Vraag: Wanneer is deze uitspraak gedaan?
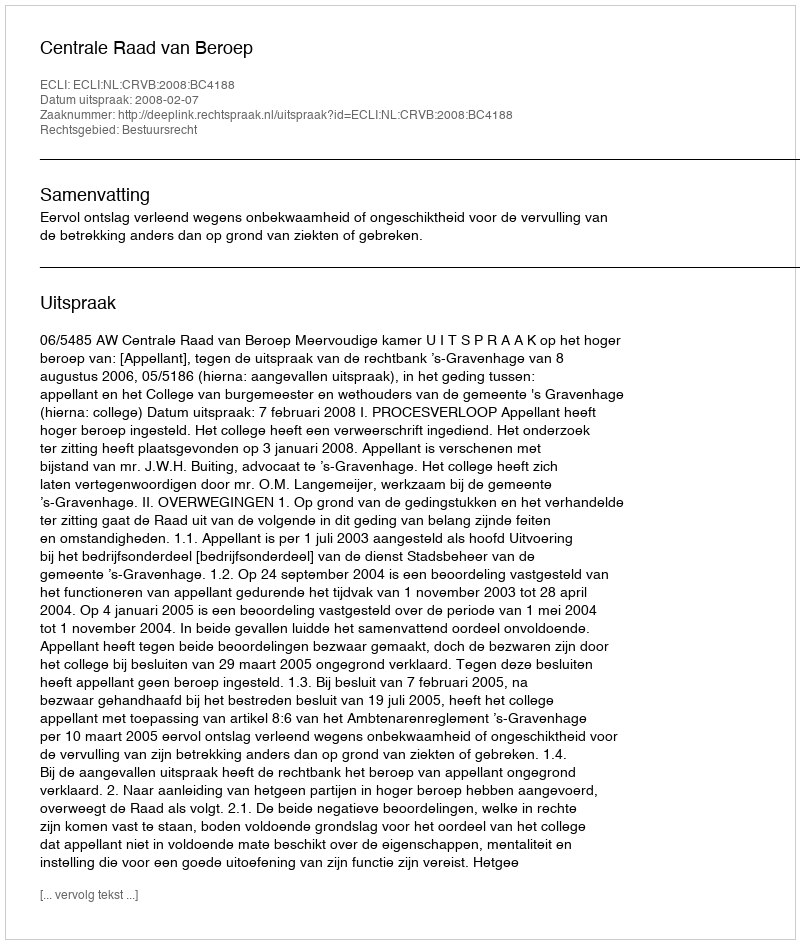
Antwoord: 2008-02-07